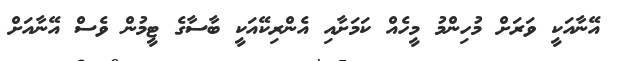
އޭނާއަކީ ވަރަށް މުހިންމު މީހެއް ކަމަށާއި އެންރިކޭއަކީ ބާސާގެ ޓީމުން ވެސް އޭނާއަށް